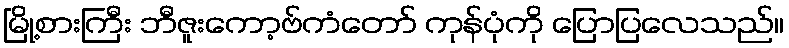
မြို့စားကြီး ဘီဇူးကော့ဗ်ကံတော် ကုန်ပုံကို ပြောပြလေသည်။